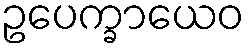
ဥပေက္ခာယေဝ